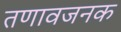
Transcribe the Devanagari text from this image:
तणावजनक